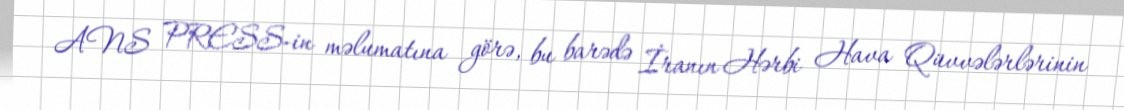
ANS PRESS-in məlumatına görə, bu barədə İranın Hərbi Hava Qüvvələrlərinin